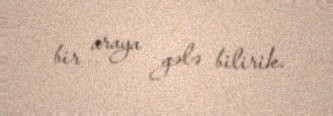
bir araya gələ bilirik.